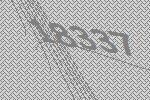
18337